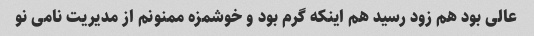
عالی بود هم زود رسید هم اینکه گرم بود و خوشمزه ممنونم از مدیریت نامی نو